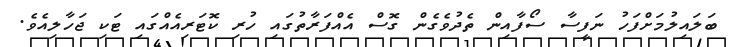
ބަލައިލުމަށްފަހު ނަފީސާ ސޯފާއިން ތެދުވެގެން ގޮސް އެއްފަރާތުގައި ހުރި ކޮޓަރިއެއްގައި ޓަކި ޖަހާލިއެވެ.